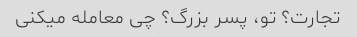
تجارت؟ تو، پسر بزرگ؟ چی معامله میکنی